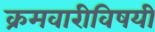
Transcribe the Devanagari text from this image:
क्रमवारीविषयी